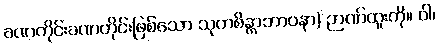
ခဏတိုင်းခဏတိုင်းဖြစ်သော သုတစိန္တာဘာဝနာ) ဉာဏ်ထူးကို။ ဝါ၊